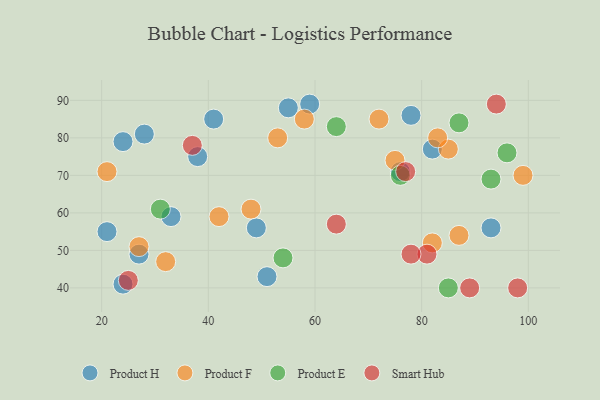
{"axis": {"x": "GDP", "y": "Life Expectancy"}, "legend": ["Product E", "Product F", "Product H", "Smart Hub"], "data": [{"x": "51", "y": 43, "type": "Product H"}, {"x": "21", "y": 55, "type": "Product H"}, {"x": "59", "y": 89, "type": "Product H"}, {"x": "93", "y": 56, "type": "Product H"}, {"x": "82", "y": 77, "type": "Product H"}, {"x": "78", "y": 86, "type": "Product H"}, {"x": "38", "y": 75, "type": "Product H"}, {"x": "33", "y": 59, "type": "Product H"}, {"x": "24", "y": 41, "type": "Product H"}, {"x": "27", "y": 49, "type": "Product H"}, {"x": "76", "y": 71, "type": "Product H"}, {"x": "49", "y": 56, "type": "Product H"}, {"x": "41", "y": 85, "type": "Product H"}, {"x": "55", "y": 88, "type": "Product H"}, {"x": "24", "y": 79, "type": "Product H"}, {"x": "28", "y": 81, "type": "Product H"}, {"x": "42", "y": 59, "type": "Product F"}, {"x": "72", "y": 85, "type": "Product F"}, {"x": "85", "y": 77, "type": "Product F"}, {"x": "21", "y": 71, "type": "Product F"}, {"x": "27", "y": 51, "type": "Product F"}, {"x": "58", "y": 85, "type": "Product F"}, {"x": "53", "y": 80, "type": "Product F"}, {"x": "83", "y": 80, "type": "Product F"}, {"x": "32", "y": 47, "type": "Product F"}, {"x": "75", "y": 74, "type": "Product F"}, {"x": "99", "y": 70, "type": "Product F"}, {"x": "48", "y": 61, "type": "Product F"}, {"x": "87", "y": 54, "type": "Product F"}, {"x": "82", "y": 52, "type": "Product F"}, {"x": "85", "y": 40, "type": "Product E"}, {"x": "54", "y": 48, "type": "Product E"}, {"x": "93", "y": 69, "type": "Product E"}, {"x": "31", "y": 61, "type": "Product E"}, {"x": "87", "y": 84, "type": "Product E"}, {"x": "64", "y": 83, "type": "Product E"}, {"x": "76", "y": 70, "type": "Product E"}, {"x": "96", "y": 76, "type": "Product E"}, {"x": "77", "y": 71, "type": "Smart Hub"}, {"x": "64", "y": 57, "type": "Smart Hub"}, {"x": "89", "y": 40, "type": "Smart Hub"}, {"x": "25", "y": 42, "type": "Smart Hub"}, {"x": "98", "y": 40, "type": "Smart Hub"}, {"x": "81", "y": 49, "type": "Smart Hub"}, {"x": "37", "y": 78, "type": "Smart Hub"}, {"x": "94", "y": 89, "type": "Smart Hub"}, {"x": "78", "y": 49, "type": "Smart Hub"}]}